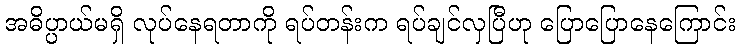
အဓိပ္ပာယ်မရှိ လုပ်နေရတာကို ရပ်တန်းက ရပ်ချင်လှပြီဟု ပြောပြောနေကြောင်း